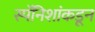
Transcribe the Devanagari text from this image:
स्पॅनिशांकडून